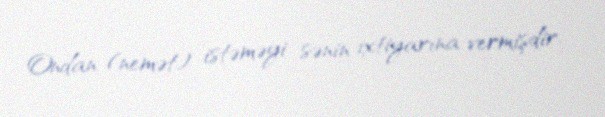
Ondan (nemət) istəməyi sənin ixtiyarına vermişdir.